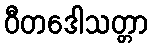
ဝီတဒေါသတ္တာ